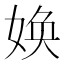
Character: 㛟